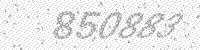
Solution: 850883